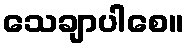
သေချာပါစေ။